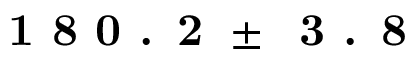
\textbf { 1 8 0 . 2 } \pm \: \textbf { 3 . 8 }